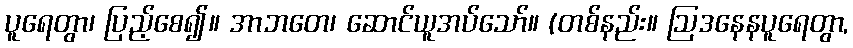
ပူရေတွာ၊ ပြည့်စေ၍။ အာဘတေ၊ ဆောင်ယူအပ်သော်။ (တစ်နည်း။ ဩဒနေနပူရေတွာ,